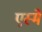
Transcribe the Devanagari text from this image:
एस्मे